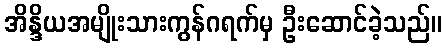
အိန္ဒိယအမျိုးသားကွန်ဂရက်မှ ဦးဆောင်ခဲ့သည်။